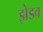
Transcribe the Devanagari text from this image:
झेडव